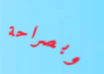
وبصراحة